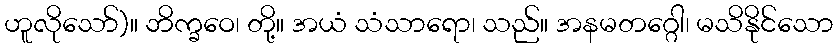
ဟူလိုသော်)။ ဘိက္ခဝေ၊ တို့။ အယံ သံသာရော၊ သည်။ အနမတဂ္ဂေါ၊ မသိနိုင်သော